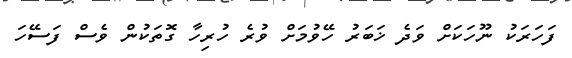
ފަހަރަކު ނޫހަކަށް ވަދެ ޚަބަރު ހޭވުމަށް ވުރެ ހުރިހާ ގޮތަކުން ވެސް ފަސޭހަ